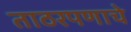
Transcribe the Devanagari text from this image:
ताठरपणाचे